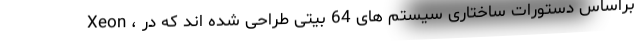
Xeon ، براساس دستورات ساختاری سیستم های 64 بیتی طراحی شده اند که در